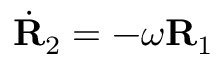
\dot { \bf R } _ { 2 } = - \omega { \bf R } _ { 1 }